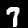
Label: 7